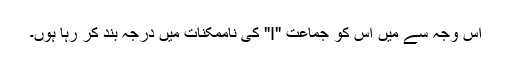
اس وجہ سے میں اس کو جماعت "I" کی ناممکنات میں درجہ بند کر رہا ہوں۔